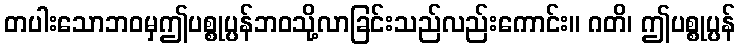
တပါးသောဘဝမှဤပစ္စုပ္ပန်ဘဝသို့လာခြင်းသည်လည်းကောင်း။ ဂတိ၊ ဤပစ္စုပ္ပန်